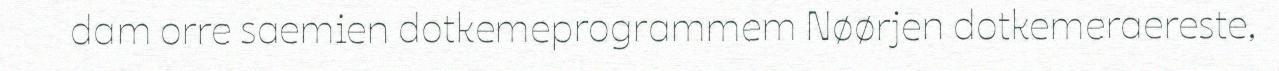
dam orre saemien dotkemeprogrammem Nøørjen dotkemeraereste,